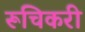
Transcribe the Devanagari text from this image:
रूचिकरी